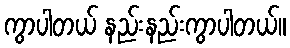
ကွာပါတယ် နည်းနည်းကွာပါတယ်။